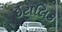
ઇટાલિક